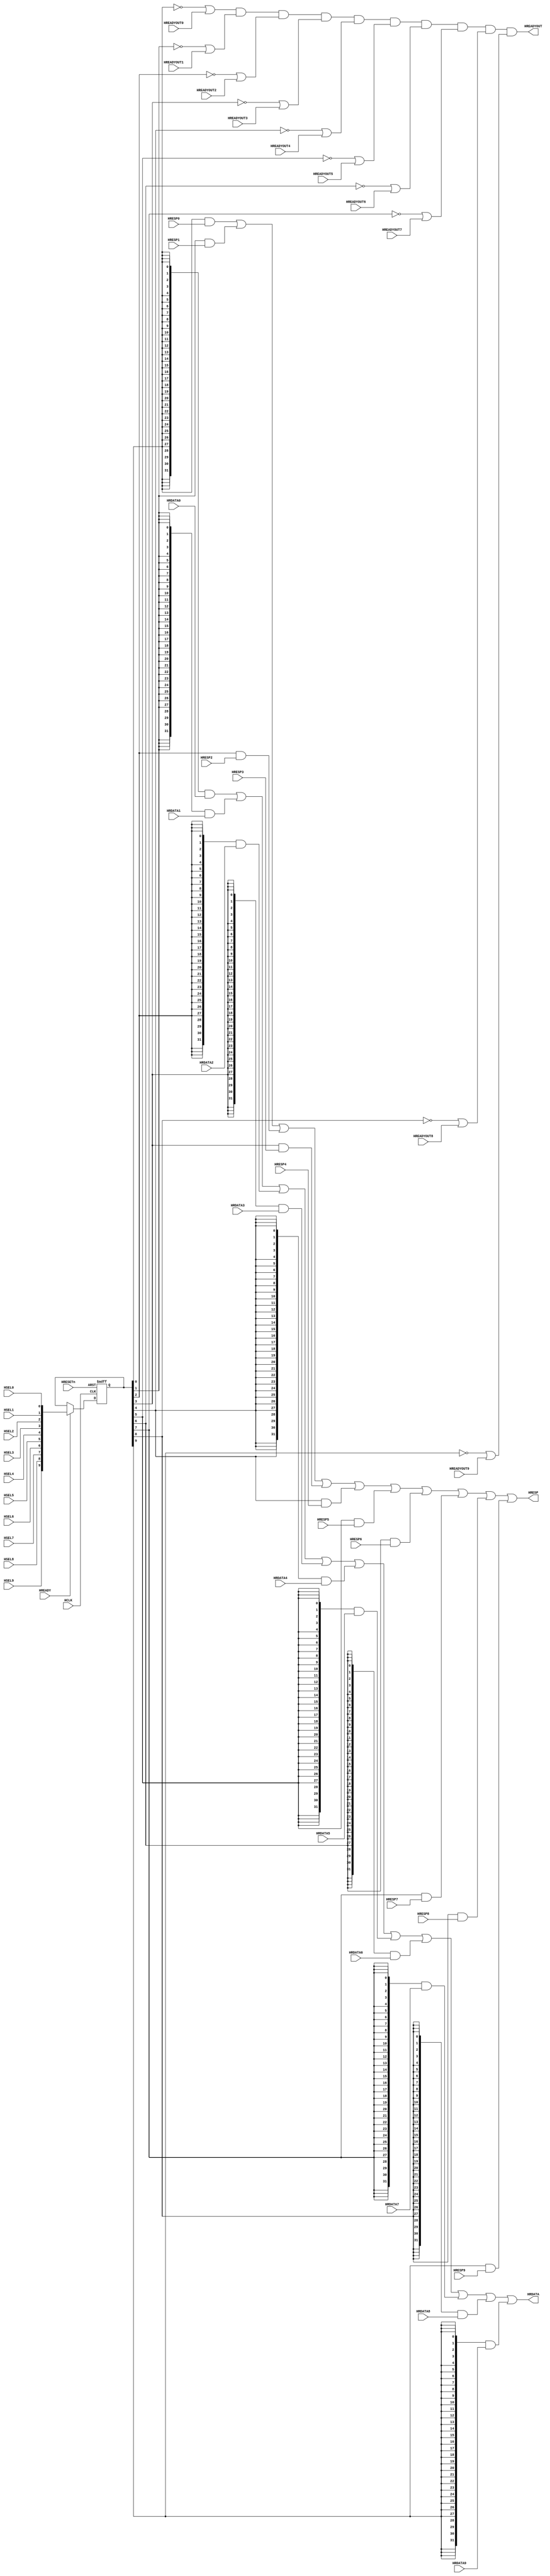
//-----------------------------------------------------------------------------
// Abstract : Simple AHB slave multiplexer
//-----------------------------------------------------------------------------
// Each port can be disabled by parameter if not used.
module ahb_slave_mux #(
    parameter PORT0_ENABLE=1,
    parameter PORT1_ENABLE=1,
    parameter PORT2_ENABLE=1,
    parameter PORT3_ENABLE=1,
    parameter PORT4_ENABLE=1,
    parameter PORT5_ENABLE=1,
    parameter PORT6_ENABLE=1,
    parameter PORT7_ENABLE=1,
    parameter PORT8_ENABLE=1,
    parameter PORT9_ENABLE=1,
    // Data Bus Width
    parameter DW=32 ) (
    input  wire          HCLK,       // Clock
    input  wire          HRESETn,    // Reset
    input  wire          HREADY,     // Bus ready
    input  wire          HSEL0,      // HSEL for AHB Slave #0
    input  wire          HREADYOUT0, // HREADY for Slave connection #0
    input  wire          HRESP0,     // HRESP  for slave connection #0
    input  wire [DW-1:0] HRDATA0,    // HRDATA for slave connection #0
    input  wire          HSEL1,      // HSEL for AHB Slave #1
    input  wire          HREADYOUT1, // HREADY for Slave connection #1
    input  wire          HRESP1,     // HRESP  for slave connection #1
    input  wire [DW-1:0] HRDATA1,    // HRDATA for slave connection #1
    input  wire          HSEL2,      // HSEL for AHB Slave #2
    input  wire          HREADYOUT2, // HREADY for Slave connection #2
    input  wire          HRESP2,     // HRESP  for slave connection #2
    input  wire [DW-1:0] HRDATA2,    // HRDATA for slave connection #2
    input  wire          HSEL3,      // HSEL for AHB Slave #3
    input  wire          HREADYOUT3, // HREADY for Slave connection #3
    input  wire          HRESP3,     // HRESP  for slave connection #3
    input  wire [DW-1:0] HRDATA3,    // HRDATA for slave connection #3
    input  wire          HSEL4,      // HSEL for AHB Slave #4
    input  wire          HREADYOUT4, // HREADY for Slave connection #4
    input  wire          HRESP4,     // HRESP  for slave connection #4
    input  wire [DW-1:0] HRDATA4,    // HRDATA for slave connection #4
    input  wire          HSEL5,      // HSEL for AHB Slave #5
    input  wire          HREADYOUT5, // HREADY for Slave connection #5
    input  wire          HRESP5,     // HRESP  for slave connection #5
    input  wire [DW-1:0] HRDATA5,    // HRDATA for slave connection #5
    input  wire          HSEL6,      // HSEL for AHB Slave #6
    input  wire          HREADYOUT6, // HREADY for Slave connection #6
    input  wire          HRESP6,     // HRESP  for slave connection #6
    input  wire [DW-1:0] HRDATA6,    // HRDATA for slave connection #6
    input  wire          HSEL7,      // HSEL for AHB Slave #7
    input  wire          HREADYOUT7, // HREADY for Slave connection #7
    input  wire          HRESP7,     // HRESP  for slave connection #7
    input  wire [DW-1:0] HRDATA7,    // HRDATA for slave connection #7
    input  wire          HSEL8,      // HSEL for AHB Slave #8
    input  wire          HREADYOUT8, // HREADY for Slave connection #8
    input  wire          HRESP8,     // HRESP  for slave connection #8
    input  wire [DW-1:0] HRDATA8,    // HRDATA for slave connection #8
    input  wire          HSEL9,      // HSEL for AHB Slave #9
    input  wire          HREADYOUT9, // HREADY for Slave connection #9
    input  wire          HRESP9,     // HRESP  for slave connection #9
    input  wire [DW-1:0] HRDATA9,    // HRDATA for slave connection #9
    output wire          HREADYOUT,  // HREADY output to AHB master and AHB slaves
    output wire          HRESP,      // HRESP to AHB master
    output wire [DW-1:0] HRDATA      // Read data to AHB master
);

wire          mux_hready;   // multiplexed HREADY signal
reg     [9:0] reg_hsel;     // Register selection control
wire    [9:0] nxt_hsel_reg; // next state for nxt_hsel_reg

assign  nxt_hsel_reg[0] = HSEL0 & (PORT0_ENABLE!=0);
assign  nxt_hsel_reg[1] = HSEL1 & (PORT1_ENABLE!=0);
assign  nxt_hsel_reg[2] = HSEL2 & (PORT2_ENABLE!=0);
assign  nxt_hsel_reg[3] = HSEL3 & (PORT3_ENABLE!=0);
assign  nxt_hsel_reg[4] = HSEL4 & (PORT4_ENABLE!=0);
assign  nxt_hsel_reg[5] = HSEL5 & (PORT5_ENABLE!=0);
assign  nxt_hsel_reg[6] = HSEL6 & (PORT6_ENABLE!=0);
assign  nxt_hsel_reg[7] = HSEL7 & (PORT7_ENABLE!=0);
assign  nxt_hsel_reg[8] = HSEL8 & (PORT8_ENABLE!=0);
assign  nxt_hsel_reg[9] = HSEL9 & (PORT9_ENABLE!=0);

// Registering MuxCtrl
always @(posedge HCLK or negedge HRESETn)
begin
    if (~HRESETn)
        reg_hsel <= {10{1'b0}};
    else if (HREADY) // advance pipeline if HREADY is 1
        reg_hsel <= nxt_hsel_reg;
end

assign mux_hready =
         ((~reg_hsel[0]) | HREADYOUT0 | (PORT0_ENABLE==0)) &
         ((~reg_hsel[1]) | HREADYOUT1 | (PORT1_ENABLE==0)) &
         ((~reg_hsel[2]) | HREADYOUT2 | (PORT2_ENABLE==0)) &
         ((~reg_hsel[3]) | HREADYOUT3 | (PORT3_ENABLE==0)) &
         ((~reg_hsel[4]) | HREADYOUT4 | (PORT4_ENABLE==0)) &
         ((~reg_hsel[5]) | HREADYOUT5 | (PORT5_ENABLE==0)) &
         ((~reg_hsel[6]) | HREADYOUT6 | (PORT6_ENABLE==0)) &
         ((~reg_hsel[7]) | HREADYOUT7 | (PORT7_ENABLE==0)) &
         ((~reg_hsel[8]) | HREADYOUT8 | (PORT8_ENABLE==0)) &
         ((~reg_hsel[9]) | HREADYOUT9 | (PORT9_ENABLE==0)) ;

assign HREADYOUT = mux_hready; // Connect to top level

assign HRDATA =
         ({DW{(reg_hsel[0] & (PORT0_ENABLE!=0))}} & HRDATA0) |
         ({DW{(reg_hsel[1] & (PORT1_ENABLE!=0))}} & HRDATA1) |
         ({DW{(reg_hsel[2] & (PORT2_ENABLE!=0))}} & HRDATA2) |
         ({DW{(reg_hsel[3] & (PORT3_ENABLE!=0))}} & HRDATA3) |
         ({DW{(reg_hsel[4] & (PORT4_ENABLE!=0))}} & HRDATA4) |
         ({DW{(reg_hsel[5] & (PORT5_ENABLE!=0))}} & HRDATA5) |
         ({DW{(reg_hsel[6] & (PORT6_ENABLE!=0))}} & HRDATA6) |
         ({DW{(reg_hsel[7] & (PORT7_ENABLE!=0))}} & HRDATA7) |
         ({DW{(reg_hsel[8] & (PORT8_ENABLE!=0))}} & HRDATA8) |
         ({DW{(reg_hsel[9] & (PORT9_ENABLE!=0))}} & HRDATA9) ;

assign HRESP =
         (reg_hsel[0] & HRESP0 & (PORT0_ENABLE!=0)) |
         (reg_hsel[1] & HRESP1 & (PORT1_ENABLE!=0)) |
         (reg_hsel[2] & HRESP2 & (PORT2_ENABLE!=0)) |
         (reg_hsel[3] & HRESP3 & (PORT3_ENABLE!=0)) |
         (reg_hsel[4] & HRESP4 & (PORT4_ENABLE!=0)) |
         (reg_hsel[5] & HRESP5 & (PORT5_ENABLE!=0)) |
         (reg_hsel[6] & HRESP6 & (PORT6_ENABLE!=0)) |
         (reg_hsel[7] & HRESP7 & (PORT7_ENABLE!=0)) |
         (reg_hsel[8] & HRESP8 & (PORT8_ENABLE!=0)) |
         (reg_hsel[9] & HRESP9 & (PORT9_ENABLE!=0)) ;

// ------------------------------------------------------------

endmodule